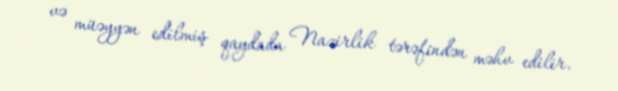
və müəyyən edilmiş qaydada Nazirlik tərəfindən məhv edilir.